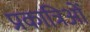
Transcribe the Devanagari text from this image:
प्रकात्रिओं